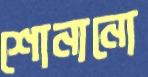
শোনানো